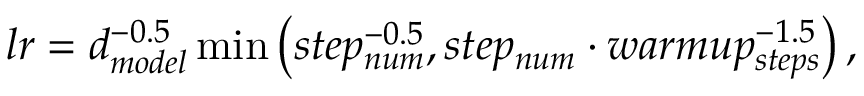
l r = d _ { m o d e l } ^ { - 0 . 5 } \operatorname* { m i n } \left( s t e p _ { n u m } ^ { - 0 . 5 } , s t e p _ { n u m } \cdot w a r m u p _ { s t e p s } ^ { - 1 . 5 } \right) ,